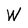
Character: W